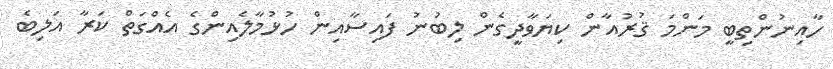
ހާއިނުންތިބީ މަންމަ ޤުރުއާން ކިޔަވާދީގެން ލިބުނު ފައިސާއިން ހުޅުމާލެއިންގެ އެއްގަތް ކަރާ އަލިބެ